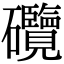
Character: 𥗽